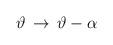
LaTeX: \begin{align*}\vartheta \, \rightarrow \, \vartheta -\alpha\end{align*}